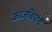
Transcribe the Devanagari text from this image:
काजूबियांचे